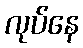
လုပ်နေ